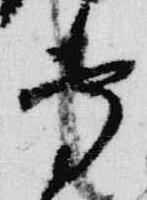
専